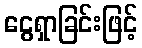
ငွေရှာခြင်းဖြင့်